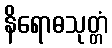
နိရောဓသုတ္တံ